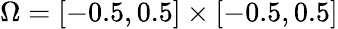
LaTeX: \Omega=[-0.5,0.5]\times[-0.5,0.5]